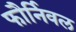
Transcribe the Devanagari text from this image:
फौर्निवल